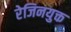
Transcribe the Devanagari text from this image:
रेजिनयुक्त